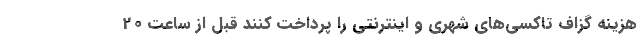
هزینه گزاف تاکسی‌های شهری و اینترنتی را پرداخت کنند قبل از ساعت 20